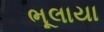
ભૂલાયા